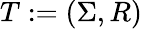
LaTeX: T:=(\Sigma,R)